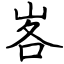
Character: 峉